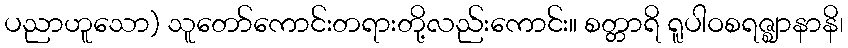
ပညာဟူသော) သူတော်ကောင်းတရားတို့လည်းကောင်း။ စတ္တာရိ ရူပါဝစရဇ္ဈာနာနိ၊